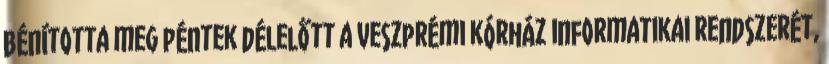
bénította meg péntek délelőtt a veszprémi kórház informatikai rendszerét,